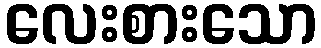
လေးစားသော